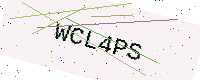
Text: WCL4PS